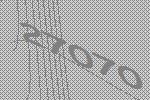
27070